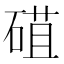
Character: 䃊